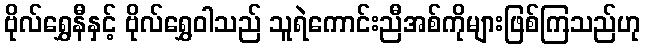
ဗိုလ်ရွှေနီနှင့် ဗိုလ်ရွှေဝါသည် သူရဲကောင်းညီအစ်ကိုများဖြစ်ကြသည်ဟု